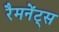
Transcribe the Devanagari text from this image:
रैमनेंट्स